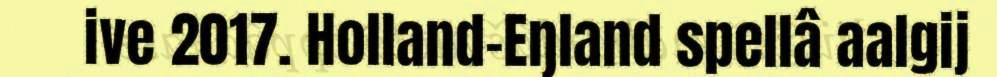
ive 2017. Holland-Eŋland spellâ aalgij